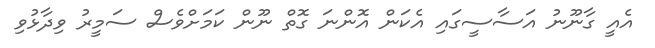
އެއީ ގާނޫނު އަސާސީގައި އެކަން އޮންނަ ގޮތް ނޫން ކަމަށްވެސް ސަމީރު ވިދާޅުވި